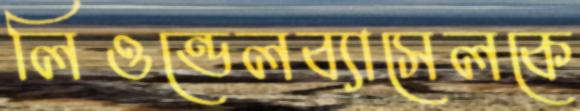
লিওন্ডেলব্যাসেলকে